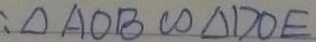
: \Delta A O B \sim \Delta D O E